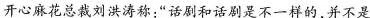
开心麻花总戴刘洪济称，“话剧和话剧是不一样的,并不是